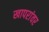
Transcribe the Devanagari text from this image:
खापरांवर